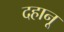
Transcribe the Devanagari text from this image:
दहानू